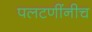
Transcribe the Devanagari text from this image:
पलटणींनीच